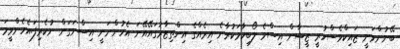
ބޭނުންވަނީ ޒައިކްވެސްހުރީ ޒީޝާން އިސްވެ ލޯބިހާމަކުރާނެ އިރެއްގެ އިންތިޒާރުގައޭއޭނަ އެހުންނަނީ އިސްނަގަން ނުކެރިފަ.އެހެންވީމަ